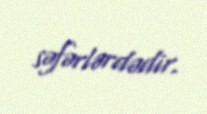
səfərlərdədir.